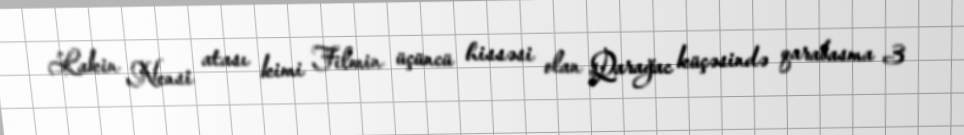
Lakin Nensi atası kimi Filmin üçüncü hissəsi olan Qarağac küçəsində qarabasma 3